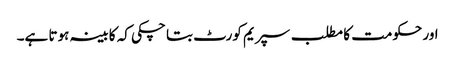
اور حکومت کا مطلب سپریم کورٹ بتا چکی کہ کابینہ ہوتا ہے۔